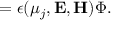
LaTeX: = \epsilon ( \mu _ { j } , { \bf E , H } ) \Phi .